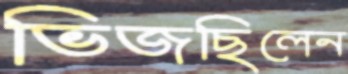
ভিজছিলেন